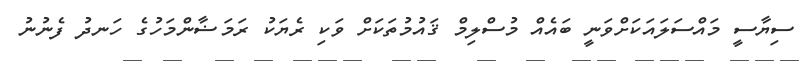
ސިޔާސީ މައްސަލައަކަށްވަނީ ބައެއް މުސްލިމް ޤައުމުތަކަށް ވަކި ރެޔަކު ރަމަޟާންމަހުގެ ހަނދު ފެނުނު